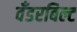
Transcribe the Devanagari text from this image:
वँडरबिल्ट